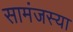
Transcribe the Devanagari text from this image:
सामंजस्या